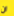
ان